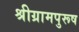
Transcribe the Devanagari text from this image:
श्रीग्रामपुरूष